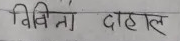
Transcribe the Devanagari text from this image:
विना दाहाल